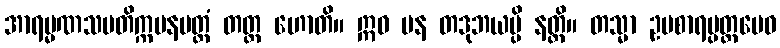
အာရမ္မဏသမတိက္ကမနမတ္တံ တတ္ထ ဟောတိ။ ဣဓ ပန တဒုဘယမ္ပိ နတ္ထိ။ တသ္မာ ဥပစာရပ္ပတ္တမေဝ